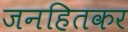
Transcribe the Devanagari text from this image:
जनहितकर